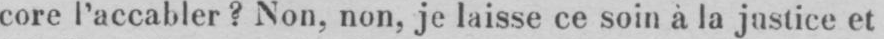
core l’accabler? Non, non, je laisse ce soin à la justice et